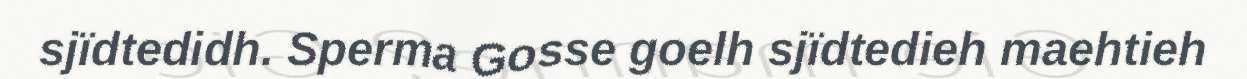
sjïdtedidh. Sperma Gosse goelh sjïdtedieh maehtieh